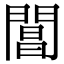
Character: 閶